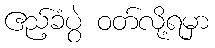
ဧည့်ခံပွဲ ဝတ်လို့ရမှာ